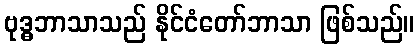
ဗုဒ္ဓဘာသာသည် နိုင်ငံတော်ဘာသာ ဖြစ်သည်။